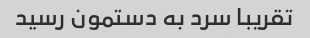
تقریبا سرد به دستمون رسید